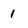
Character: 1